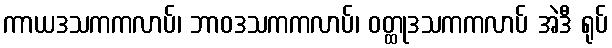
ကာယဒသကကလာပ်၊ ဘာဝဒသကကလာပ်၊ ဝတ္ထုဒသကကလာပ် အဲဒီ ရုပ်